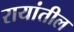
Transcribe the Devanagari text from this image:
रायांतील